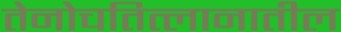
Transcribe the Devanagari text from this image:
तेनोचतित्लानातील